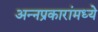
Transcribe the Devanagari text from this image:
अन्नप्रकारांमध्ये